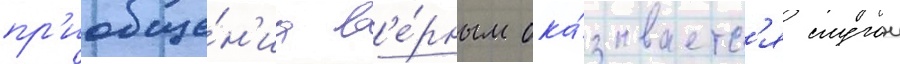
пр'иобще́н'иа в'е́рным ока́зываетс'я случаи